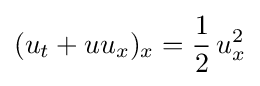
(u_{t}+uu_{x})_{x}={\frac {1}{2}}\,u_{x}^{2}